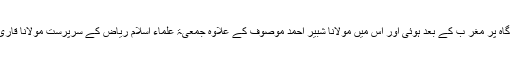
یہ ملاقات ریاض کے محلہ ’’الربوۃ‘‘ میں الاستاذ ابو غدۃ حفظہ اللہ تعالیٰ کی قیام گاہ پر مغر ب کے بعد ہوئی اور اس میں مولانا شبیر احمد موصوف کے علاوہ جمعیۃ علماء اسلام ریاض کے سرپرست مولانا قاری تقی الاسلام اور نائب امیر اول مولانا قاری جمیل الرحمان سلیم بھی شریک تھے۔